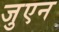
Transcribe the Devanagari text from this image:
जुएन